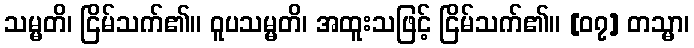
သမ္မတိ၊ ငြိမ်သက်၏။ ဝူပသမ္မတိ၊ အထူးသဖြင့် ငြိမ်သက်၏။ [၀၇] တသ္မာ၊